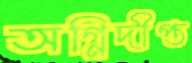
অগ্নিদীপ্ত